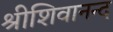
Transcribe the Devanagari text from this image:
श्रीशिवानन्द